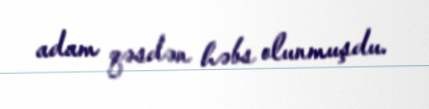
adam qəsdən həbs olunmuşdu.